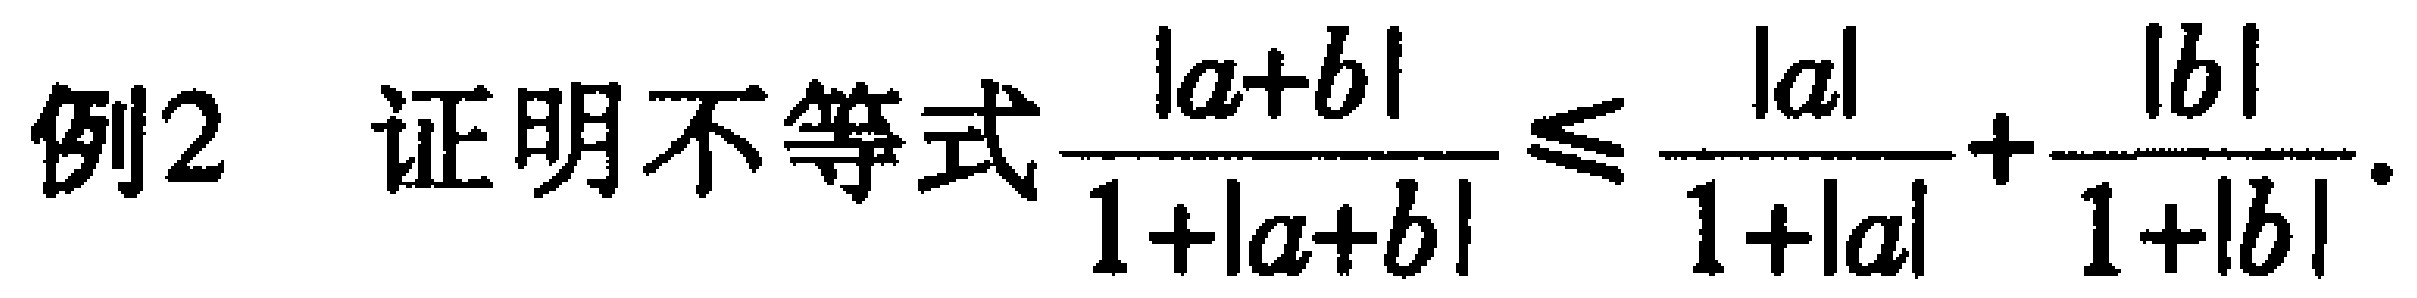
例2 证明不等式$\frac{|a + b|}{1 + |a + b|} \leq \frac{|a|}{1 + |a|} + \frac{|b|}{1 + |b|}$.